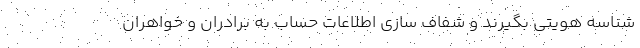
شناسه هویتی بگیرند و شفاف سازی اطلاعات حساب به برادران و خواهران